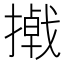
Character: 𪮮